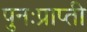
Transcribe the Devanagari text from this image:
पुनःप्राप्ती